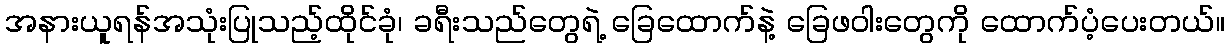
အနားယူရန်အသုံးပြုသည့်ထိုင်ခုံ၊ ခရီးသည်တွေရဲ့ ခြေထောက်နဲ့ ခြေဖဝါးတွေကို ထောက်ပံ့ပေးတယ်။